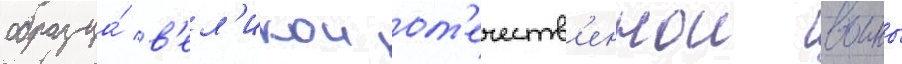
образца́ в'ел'икои от'ечеств'еннои воины